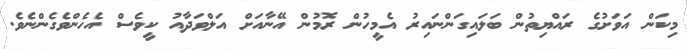
މިކަން އަވަށުގެ ރައްޔިތުން ބަލައިގަންނައިރު އެމީހުން ރޮމުން އޭނާއަށް އަލްވަދާއު ކީވެސް އެހެންވެގެންނެވެ.